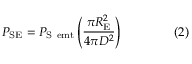
P _ { \mathrm { { S E } } } = P _ { \mathrm { { S \ e m t } } } \left( { \frac { \pi R _ { \mathrm { { E } } } ^ { 2 } } { 4 \pi D ^ { 2 } } } \right) \qquad \qquad ( 2 )